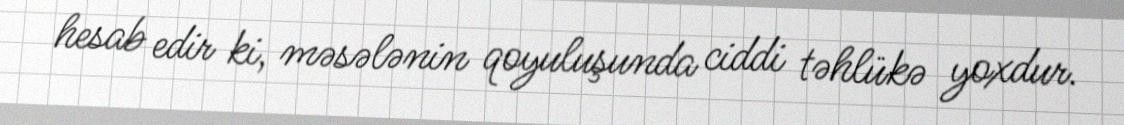
hesab edir ki, məsələnin qoyuluşunda ciddi təhlükə yoxdur.